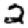
Digit: 2